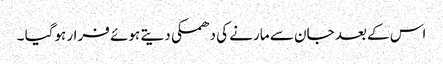
اس کے بعد جان سے مارنے کی دھمکی دیتے ہوئے فرار ہوگیا ۔